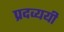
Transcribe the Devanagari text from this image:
प्रदव्ययी